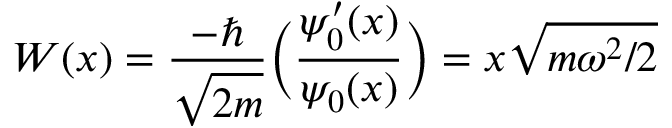
W ( x ) = { \frac { - \hbar } { \sqrt { 2 m } } } { \bigg ( } { \frac { \psi _ { 0 } ^ { \prime } ( x ) } { \psi _ { 0 } ( x ) } } { \bigg ) } = x { \sqrt { m \omega ^ { 2 } / 2 } }